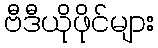
ဗီဒီယိုဖိုင်များ